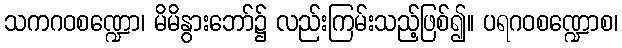
သကဂဝစဏ္ဍော၊ မိမိနွားဘော်၌ လည်းကြမ်းသည့်ဖြစ်၍။ ပရဂဝစဏ္ဍောစ၊